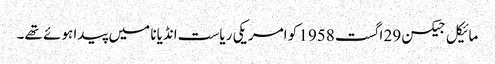
مائیکل جیکسن 29 اگست 1958 کو امریکی ریاست انڈیانا میں پیدا ہوئے تھے۔